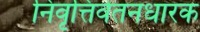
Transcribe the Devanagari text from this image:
निवृत्तिवेतनधारक